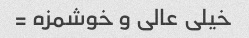
خیلی عالی و خوشمزه =